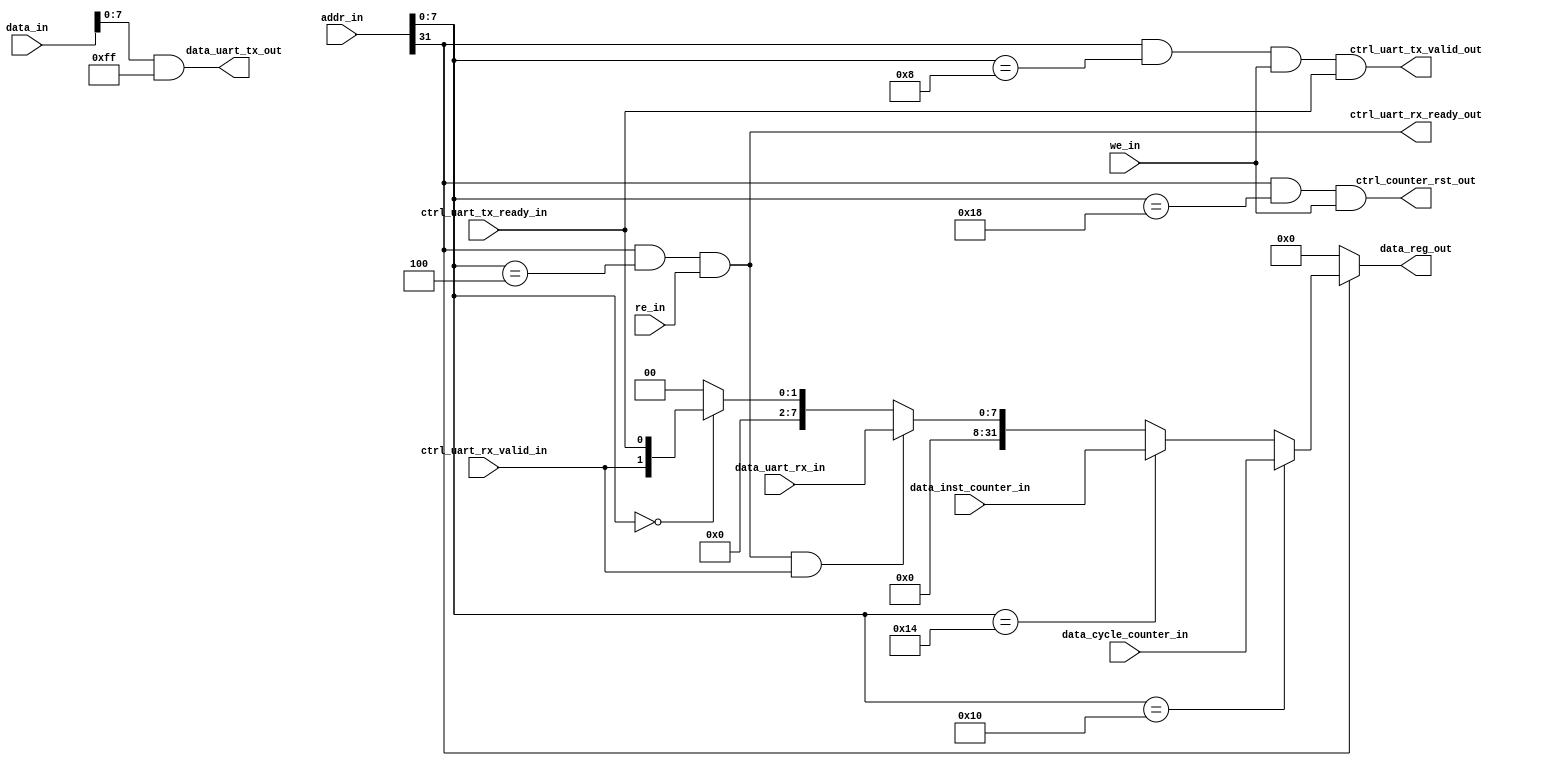
module MMIO #(
  parameter AWIDTH = 32,
  parameter DWIDTH = 32
) (
  input [AWIDTH - 1:0] addr_in,
  input [DWIDTH - 1:0] data_in,
  input re_in,
  input we_in,
  // Peripheral data in
  input [7:0] data_uart_rx_in,
  input [DWIDTH - 1:0] data_cycle_counter_in,
  input [DWIDTH - 1:0] data_inst_counter_in,
  // Peripheral data in
  input ctrl_uart_tx_ready_in,
  input ctrl_uart_rx_valid_in,

  output reg [DWIDTH - 1:0] data_reg_out,
  // Peripheral data out
  output [7:0] data_uart_tx_out,
  // Peripheral control out
  output ctrl_uart_tx_valid_out,
  output ctrl_uart_rx_ready_out,
  output ctrl_counter_rst_out
);


  wire is_mmio_addr;
  assign is_mmio_addr = (addr_in[31] == 1'b1);

  always @(*) begin
    if (is_mmio_addr) begin
      if (addr_in[7:0] == 8'h10) begin
        data_reg_out = data_cycle_counter_in;
      end else if (addr_in[7:0] == 8'h14) begin
        // Instruction counter
        data_reg_out = data_inst_counter_in;
      end else if (ctrl_uart_rx_ready_out && ctrl_uart_rx_valid_in) begin
        // Uart receiver data
        data_reg_out = data_uart_rx_in;
      end else if (addr_in[7:0] == 8'h00) begin
        // Uart control
        data_reg_out = {{(DWIDTH - 2) {1'b0}}, ctrl_uart_rx_valid_in, ctrl_uart_tx_ready_in};
      end else begin
        data_reg_out = {DWIDTH{1'b0}};
      end
    end else begin
      data_reg_out = {AWIDTH{1'b0}};
    end
  end

  assign ctrl_counter_rst_out = (is_mmio_addr && addr_in[7:0] == 8'h18 && we_in);
  assign ctrl_uart_tx_valid_out = (is_mmio_addr && addr_in[7:0] == 8'h08 && we_in && ctrl_uart_tx_ready_in);
  assign ctrl_uart_rx_ready_out = (is_mmio_addr && addr_in[7:0] == 8'h04 && re_in);

  assign data_uart_tx_out = data_in & 32'h0000_00ff;


endmodule